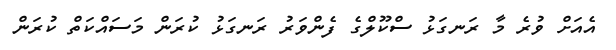
އެއަށް ވުރެ މާ ރަނގަޅު ސްކޫލްގެ ފެންވަރު ރަނގަޅު ކުރަން މަސައްކަތް ކުރަން